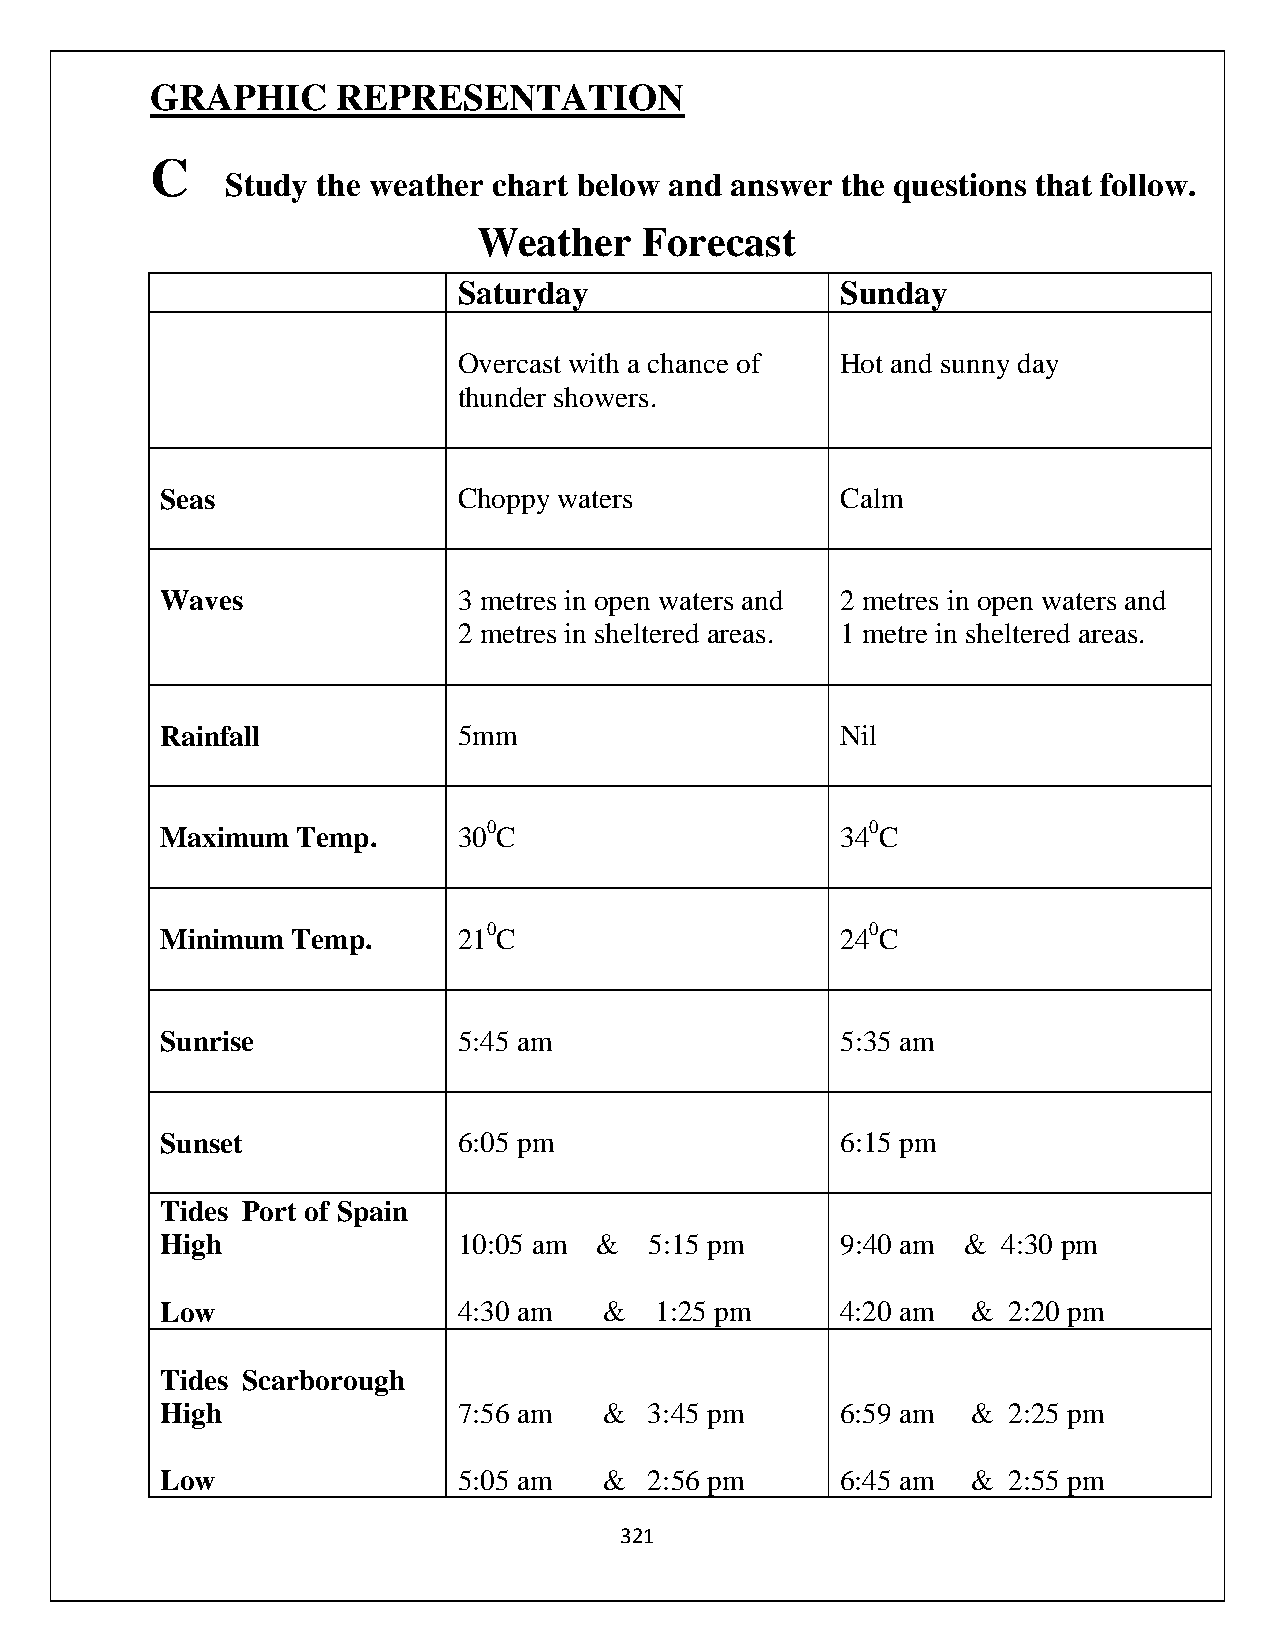
GRAPHIC     REPRESENTATION
 C
 Study the weather chart below and answer the questions that follow.
 Weather    Forecast
 Saturday                  Sunday
 Overcast with a chance of Hot and sunny day
 thunder showers.
 Seas               Choppy waters             Calm
 Waves              3 metres in open waters and 2 metres in open waters and
 2 metres in sheltered areas. 1 metre in sheltered areas.
 Rainfall           5mm                       Nil
 Maximum  Temp.     300C                      340C
 Minimum Temp.      210C                      240C
 Sunrise            5:45 am                   5:35 am
 Sunset             6:05 pm                   6:15 pm
 Tides Port of Spain
 High               10:05 am &   5:15 pm      9:40 am & 4:30 pm
 Low                4:30 am   &  1:25 pm      4:20 am &  2:20 pm
 Tides Scarborough
 High               7:56 am   &  3:45 pm      6:59 am &  2:25 pm
 Low                5:05 am   &  2:56 pm      6:45 am &  2:55 pm
 321